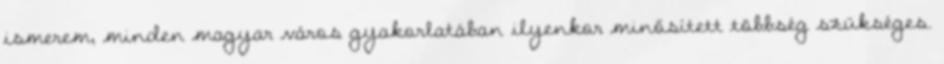
ismerem, minden magyar város gyakorlatában ilyenkor minősített többség szükséges.